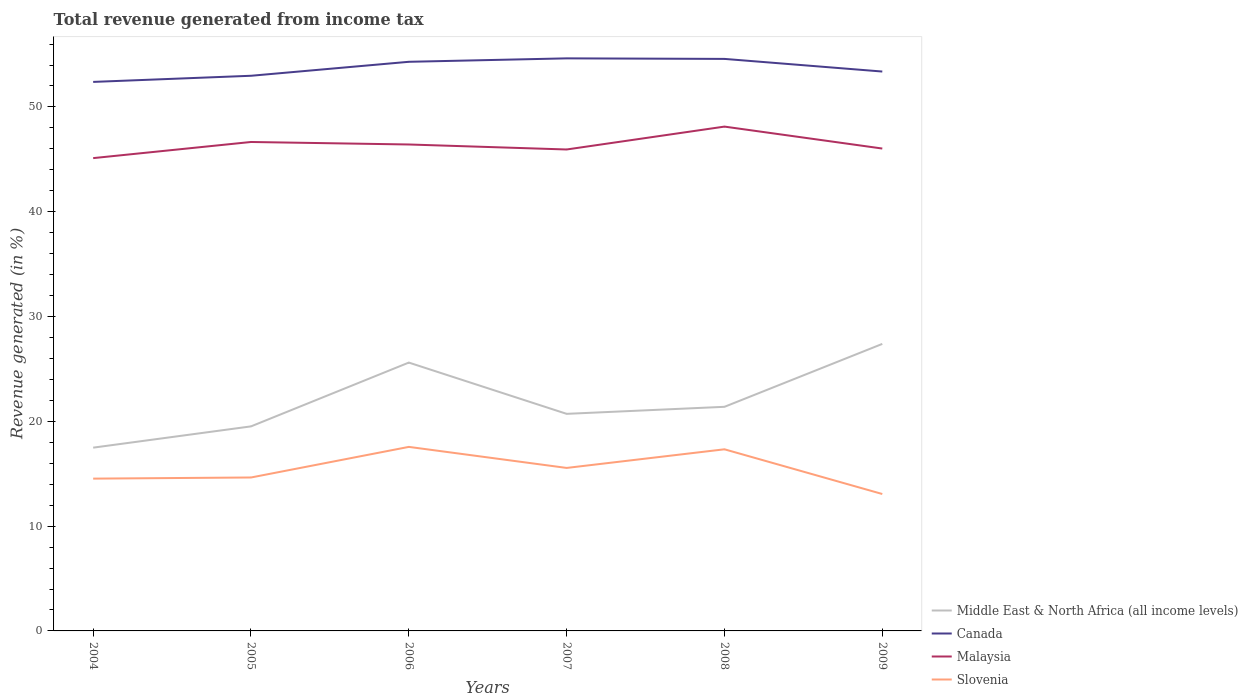
| Years | Middle East & North Africa (all income levels) | Canada | Malaysia | Slovenia |
 | --- | --- | --- | --- | --- |
 | 2004 | 17.5 | 52.4 | 45.1 | 14.5 |
 | 2005 | 19.5 | 53 | 46.7 | 14.6 |
 | 2006 | 25.6 | 54.3 | 46.4 | 17.6 |
 | 2007 | 20.7 | 54.6 | 45.9 | 15.6 |
 | 2008 | 21.4 | 54.6 | 48.1 | 17.3 |
 | 2009 | 27.4 | 53.4 | 46 | 13.1 |